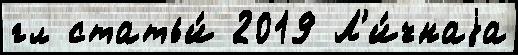
гл статьи́ 2019 Л'и́чнаjа